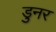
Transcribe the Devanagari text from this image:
डुनर